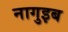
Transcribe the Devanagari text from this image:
नागुइब